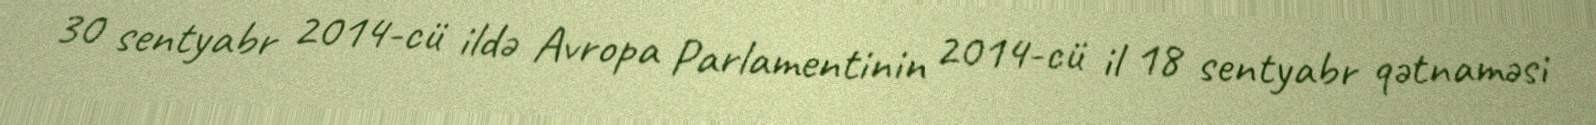
30 sentyabr 2014-cü ildə Avropa Parlamentinin 2014-cü il 18 sentyabr qətnaməsi